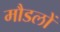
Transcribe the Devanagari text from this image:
मौडलों